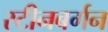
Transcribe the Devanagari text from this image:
स्टीनबर्गन